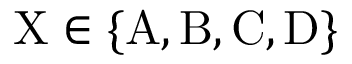
\mathrm { X } \in \lbrace \mathrm { A , B , C , D } \rbrace